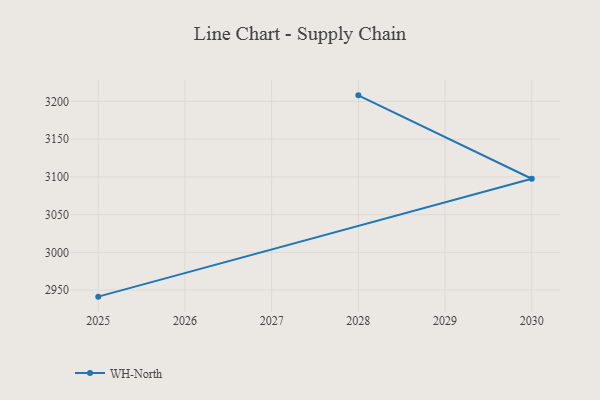
{"axis": {"x": "Year", "y": "Gross Profit (USD K)"}, "legend": ["WH-North"], "data": [{"x": "2028", "y": 3208.0, "type": "WH-North"}, {"x": "2030", "y": 3097.5, "type": "WH-North"}, {"x": "2025", "y": 2941.3, "type": "WH-North"}]}